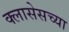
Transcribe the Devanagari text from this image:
क्लासेसच्या